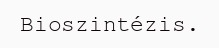
Bioszintézis.